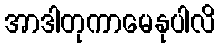
အာဒါတုကာမေနုပါလိ